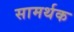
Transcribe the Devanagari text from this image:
सामर्थक